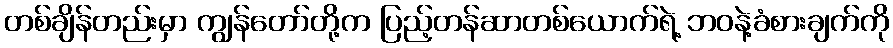
တစ်ချိန်တည်းမှာ ကျွန်တော်တို့က ပြည့်တန်ဆာတစ်ယောက်ရဲ့ ဘဝနဲ့ခံစားချက်ကို